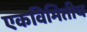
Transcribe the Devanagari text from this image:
एकविमितीय